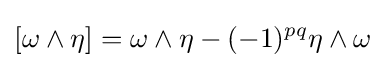
[\omega \wedge \eta ]=\omega \wedge \eta -(-1)^{pq}\eta \wedge \omega